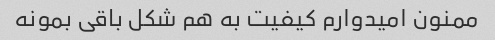
ممنون امیدوارم کیفیت به هم شکل باقی بمونه